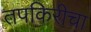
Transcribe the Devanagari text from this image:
तपकिरीचा